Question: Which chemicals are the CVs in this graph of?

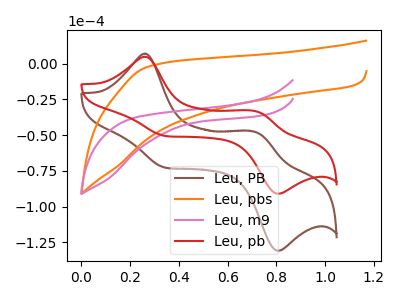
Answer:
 <answer>The brown curve is labeled "Leu, PB". The orange curve is labeled "Leu, pbs". The pink curve is labeled "Leu, m9". The red curve is labeled "Leu, pb".</answer>
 <eval></eval>